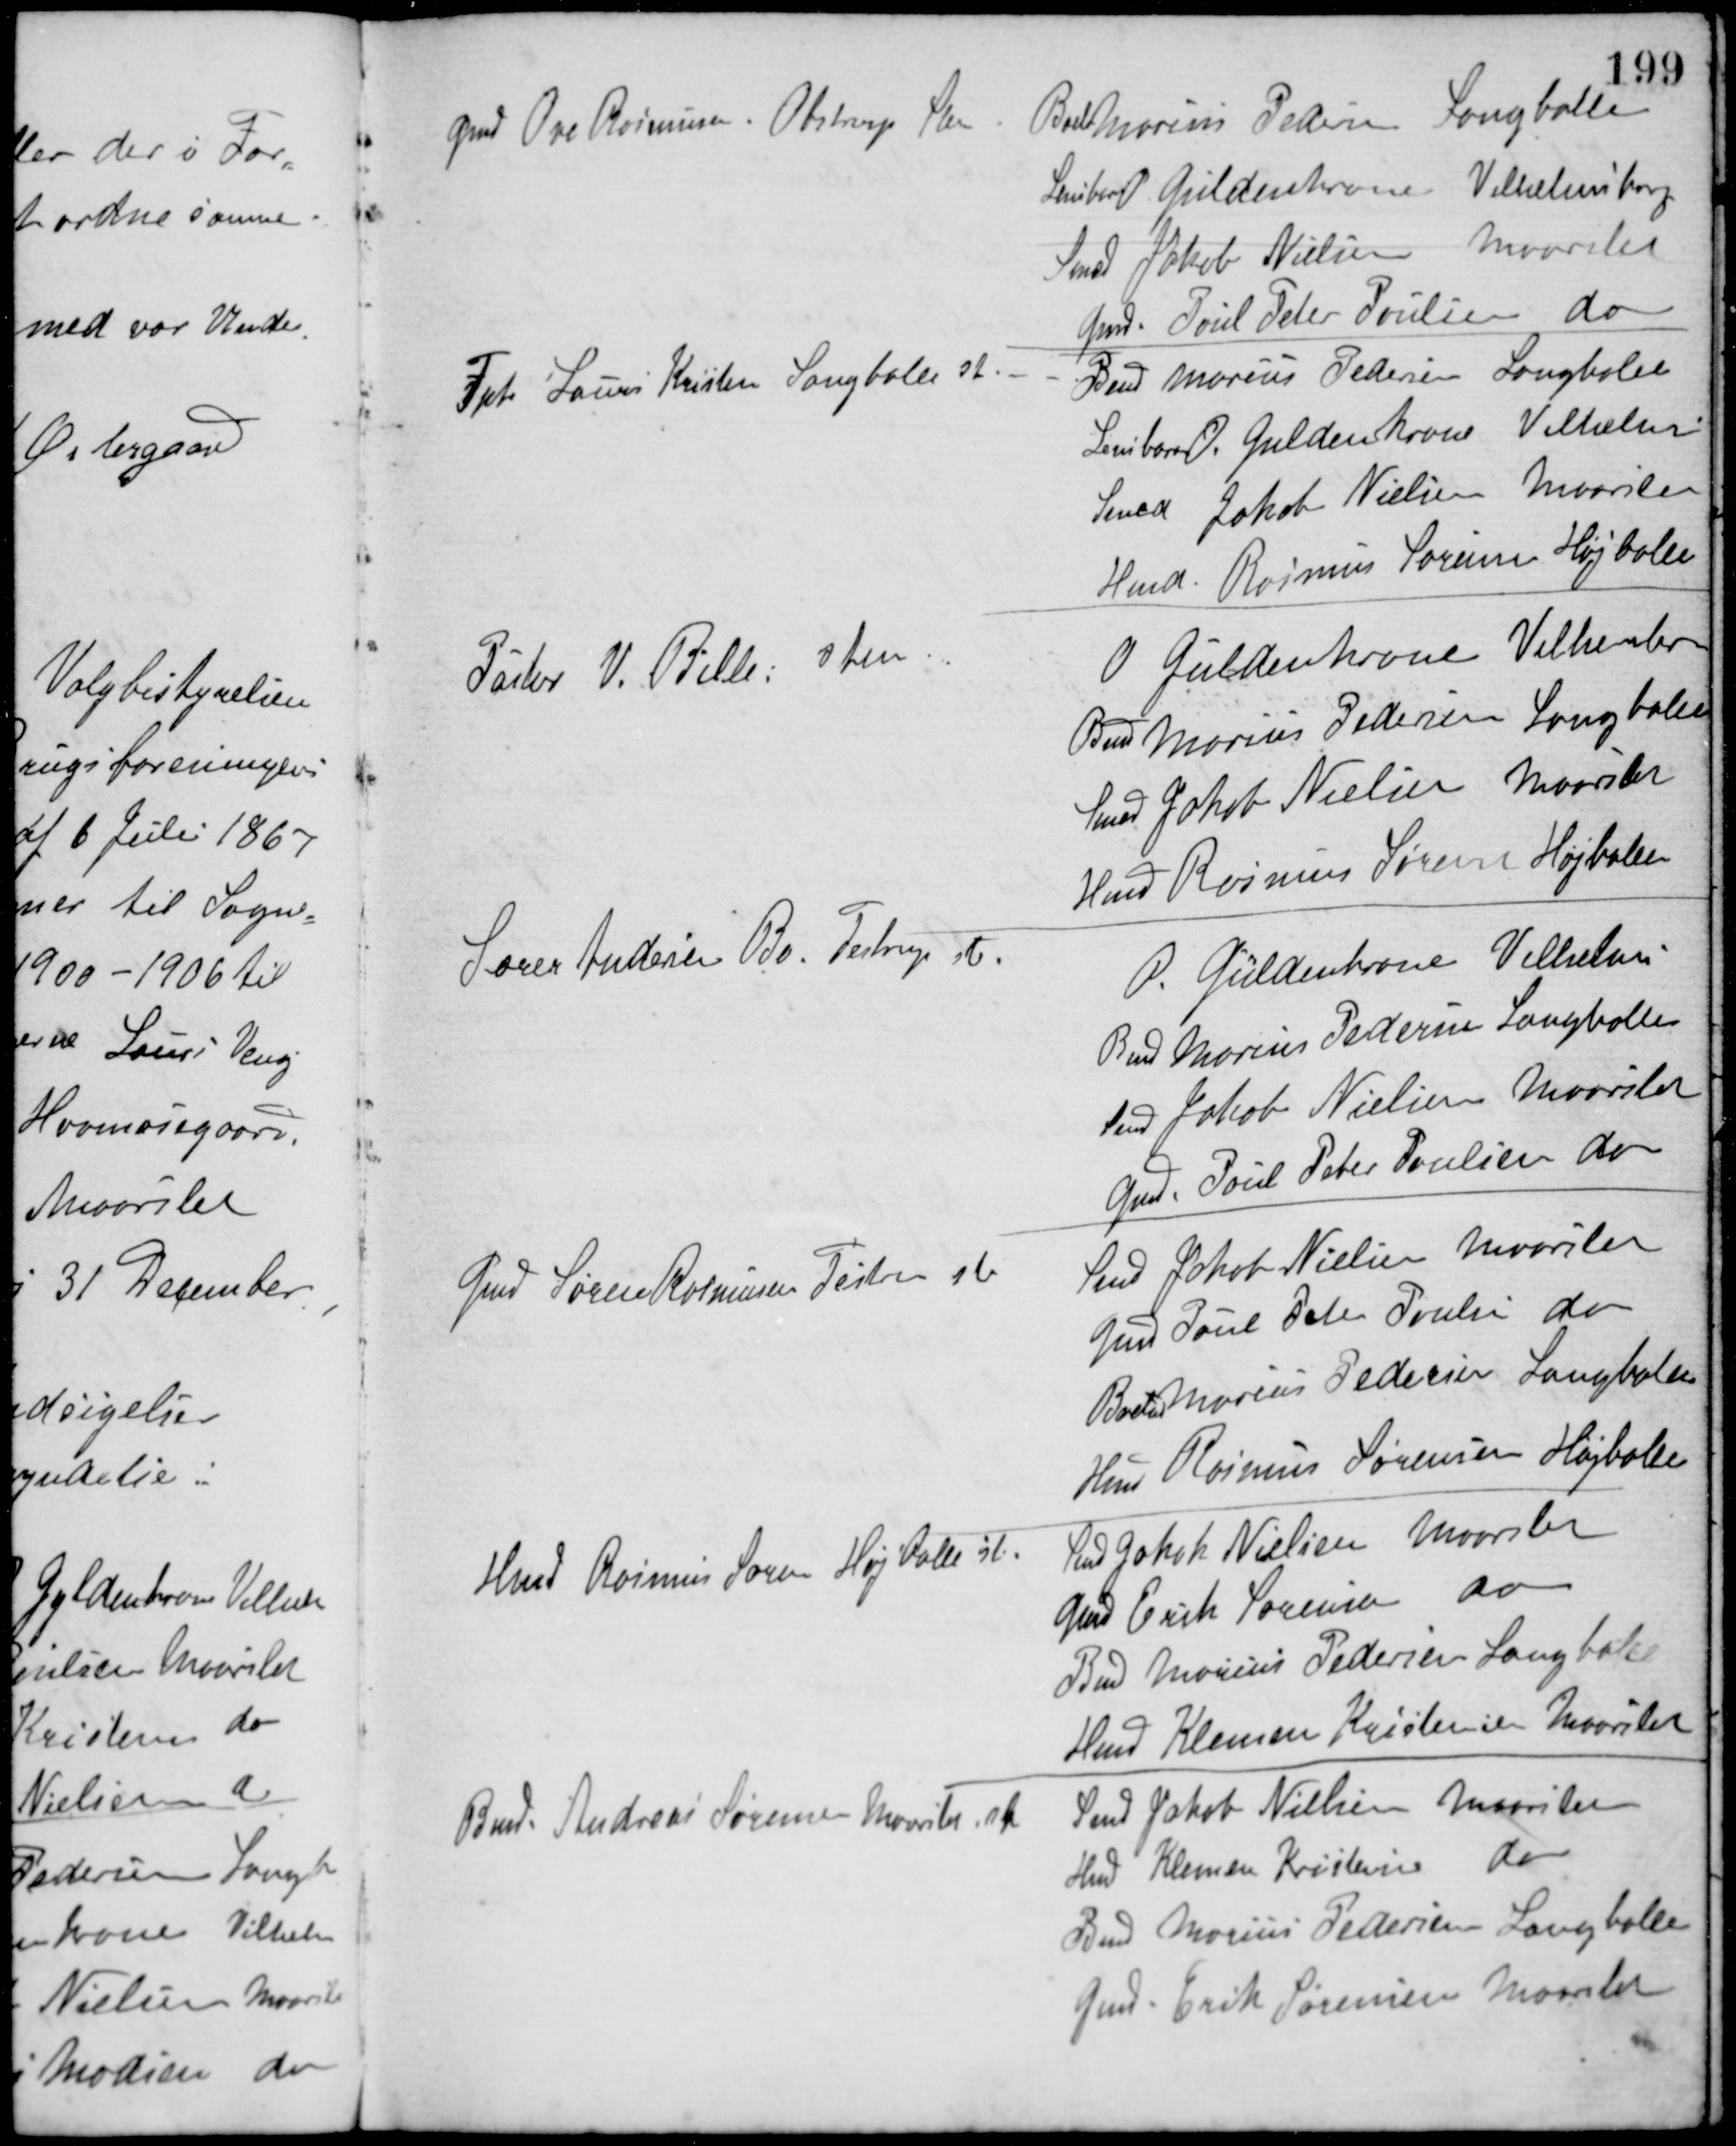
Transskription:
Boels Marius Pedersen, Langballe
Gmd Ove Rasmussen, Obstrup Stem
Lensbaron O. Gyldenkrone, Vilhelmsborg
Smed Jakob Nielsen, Maarslet
Gmd. Poul Peter Poulsen, do
Fpt Laurs Kristensen, Langballe st. Bmd. Marius Pedersen, Langballe
Lensbaron O. Gyldenkrone, Vilhelmsborg
Smed Jakob Nielsen, Maarslet
Hmd. Rasmus Sørensen, Højballe
Pastor V. Bille stem O. Gyldenkrone, Vilhelmsborg
Bmd Marius Pedersen, Langballe
Smed Jakob Nielsen, Maarslet
Hmd Rasmus Sørens Højballe
Lærer Andersen Bo, Testrup st. P. Gyldenkrone, Vilhelm
Bmd Marius Pedersen, Langballe
Smed Jakob Nielsen, Maarslet
Gmd. Poul Peter Poulsen, do
Gmd Søren Rasmusen, Testrup st Smed Jakob Nielsen, Maarslet
Gmd Poul Peter Poulsen, do
Boels Marius Pedersen, Langballe
Hmd Rasmus Sørensen, Højballe
Hmd Rasmus Sørensen, Højballe st. Smed Jakob Nielsen, Maarslet
Gmd Erik Sørensen, do
Bmd Marius Pedersen, Langballe
Hmd Klemen Kristensen, Maarslet
Bmd. Andreas Sørensen, Maarslet st Smed Jakob Nielsen, Maarslet
Hmd Klemen Kristensen, do
Bmd Marius Pedersen, Langballe
Gmd Erik Sørensen, Maarslet